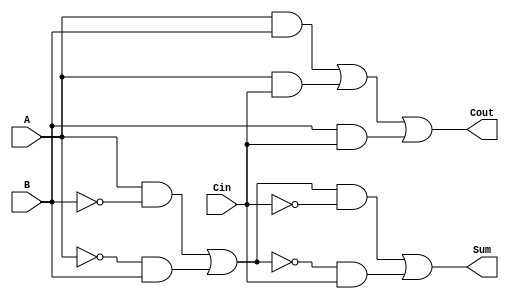
module TransmissionGateFullAdder (
    input wire A,      // First input bit
    input wire B,      // Second input bit
    input wire Cin,    // Carry-in bit
    output wire Sum,   // Sum output
    output wire Cout   // Carry-out output
);

// Intermediate signals for Sum calculation
wire AB;            // A AND B
wire ACin;         // A AND Cin
wire BCin;         // B AND Cin
wire A_xor_B;     // A XOR B
wire A_xor_B_xor_Cin; // (A XOR B) XOR Cin

// Transmission Gate for A XOR B
assign A_xor_B = (A & ~B) | (~A & B);

// Transmission Gate for (A XOR B) XOR Cin
assign A_xor_B_xor_Cin = (A_xor_B & ~Cin) | (~A_xor_B & Cin);

// Sum output
assign Sum = A_xor_B_xor_Cin;

// Carry-out logic
assign AB = A & B;       // A AND B
assign ACin = A & Cin;   // A AND Cin
assign BCin = B & Cin;   // B AND Cin

// Cout output using OR operation
assign Cout = AB | ACin | BCin;

endmodule